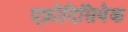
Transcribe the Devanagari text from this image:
एफ्रोदिसियेक